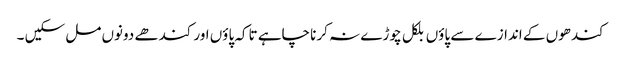
کندھوں کے اندازے سے پاؤں بلکل چوڑے نہ کرنا چاہے تاکہ پاؤں اور کندھے دونوں مل سکیں ۔